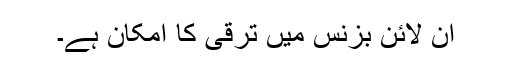
آن لائن بزنس میں ترقی کا امکان ہے۔